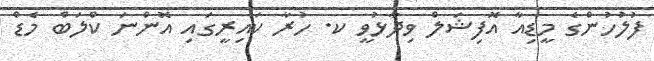
ފުލުހުންގެ މީޑިއާ އޮފިޝަލް ވިދާޅުވީ ކ. ހުރާ ކައިރީގައި އޮންނަ ކްލަބް މެޑް